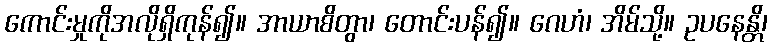
ကောင်းမှုကိုအလိုရှိကုန်၍။ အာယာစိတွာ၊ တောင်းပန်၍။ ဂေဟံ၊ အိမ်သို့။ ဥပနေန္တိ၊